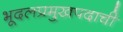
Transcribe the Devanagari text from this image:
भूदलप्रमुखपदाची